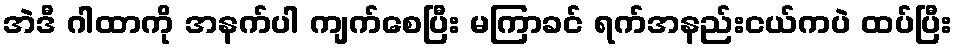
အဲဒီ ဂါထာကို အနက်ပါ ကျက်စေပြီး မကြာခင် ရက်အနည်းငယ်ကပဲ ထပ်ပြီး